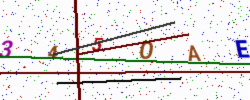
Text: 345OAE